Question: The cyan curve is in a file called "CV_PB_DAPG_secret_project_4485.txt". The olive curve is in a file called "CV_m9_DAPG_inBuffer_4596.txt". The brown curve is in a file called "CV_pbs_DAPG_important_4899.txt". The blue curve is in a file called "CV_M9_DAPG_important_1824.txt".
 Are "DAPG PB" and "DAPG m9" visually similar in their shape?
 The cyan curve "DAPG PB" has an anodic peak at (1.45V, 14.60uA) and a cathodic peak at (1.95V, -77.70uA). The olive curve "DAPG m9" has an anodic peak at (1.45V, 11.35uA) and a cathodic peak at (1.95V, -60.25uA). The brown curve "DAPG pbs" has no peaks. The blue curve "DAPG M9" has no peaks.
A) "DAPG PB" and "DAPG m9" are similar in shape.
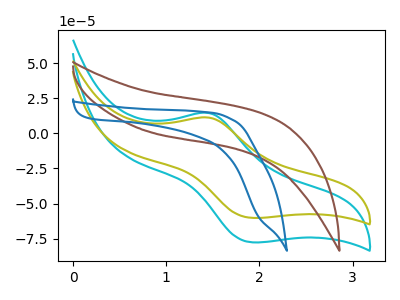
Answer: <think>All the peaks in "DAPG PB" have a peak in "DAPG m9" at the same potential. Every peak in "DAPG PB" is higher than every peak in "DAPG m9".
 </think>
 <answer>A) "DAPG PB" and "DAPG m9" are similar in shape.</answer>
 <eval>A</eval>